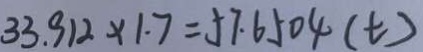
3 3 . 9 1 2 \times 1 . 7 = 5 7 . 6 5 0 4 ( t )